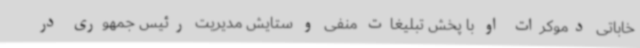
خاباتی دموکرات او با پخش تبلیغات منفی و ستایش مدیریت رئیس جمهوری در